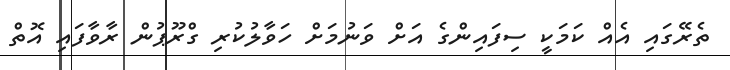
ތެރޭގައި އެއް ކަމަކީ ސިފައިންގެ އަށް ވަނުމަށް ހަވާލުކުރި ގްރޫޕުން ރާވާފައި އޮތް